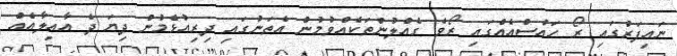
ނައިފަރުގައި ރޯ ހައުސްއެއްގައި ރޯވެ ގެއްލުންތަކެއްވުމުން އެތަނުގައި ދިރިއުޅެމުން ދިޔަ ދެ އާއިލާއެއް